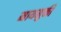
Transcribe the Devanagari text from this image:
मायमुक्ती